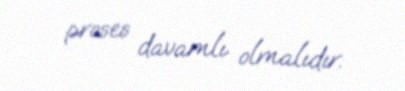
proses davamlı olmalıdır.